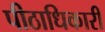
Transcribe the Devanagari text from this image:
पीठाधिकारी